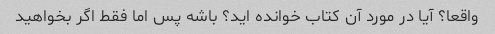
واقعا؟ آیا در مورد آن کتاب خوانده اید؟ باشه پس اما فقط اگر بخواهید